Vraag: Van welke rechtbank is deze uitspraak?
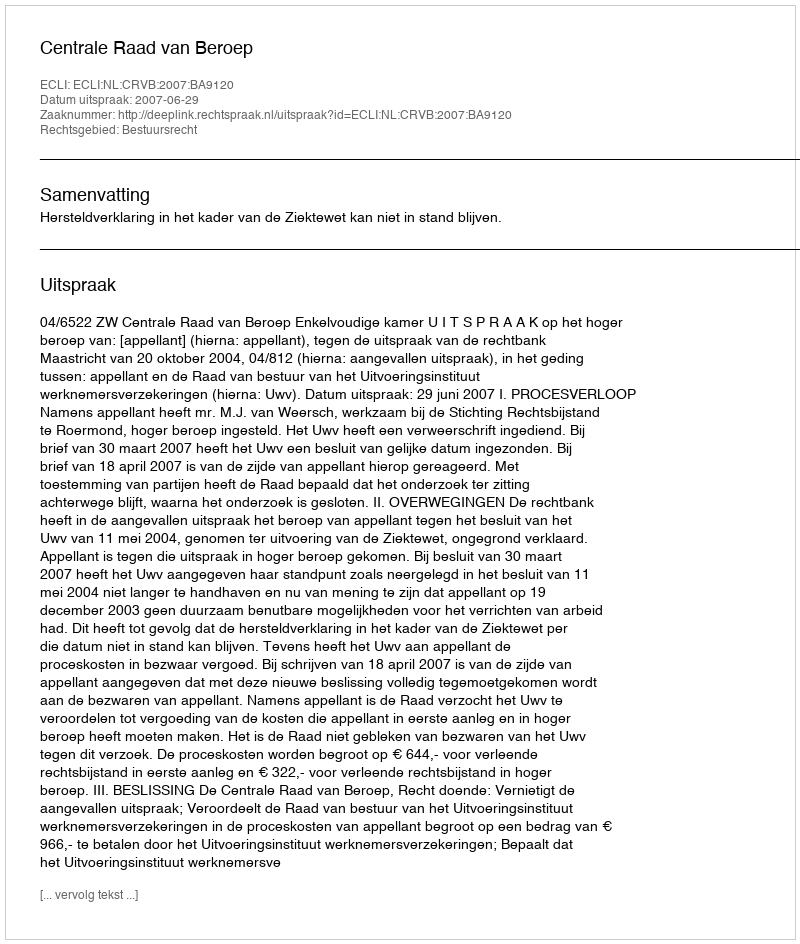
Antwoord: Centrale Raad van Beroep